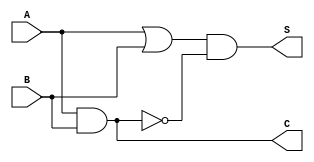
module hlfaddr(
    input A,
    input B,
    output C,
    output S
);

wire s1, s2, s3;

assign s1 = A | B;
assign s2 = A & B;
assign s3 = ~s2;
assign S = s1 & s3;
assign C = s2;
endmodule